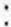
: